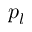
p _ { l }